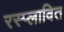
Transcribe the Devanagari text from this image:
रस्प्लावित